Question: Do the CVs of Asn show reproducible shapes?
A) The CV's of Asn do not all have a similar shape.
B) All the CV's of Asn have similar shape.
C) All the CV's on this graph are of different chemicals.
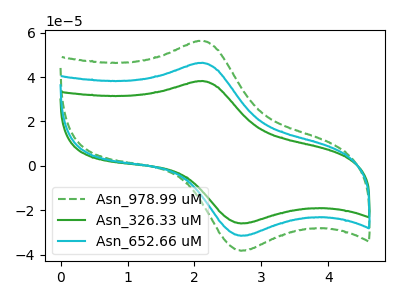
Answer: <think>The green dashed curve "Asn_978.99 uM" has an anodic peak at (2.10V, 92.80uA) and a cathodic peak at (2.70V, -62.85uA). The green curve "Asn_326.33 uM" has an anodic peak at (2.10V, 38.20uA) and a cathodic peak at (2.70V, -25.85uA). The cyan curve "Asn_652.66 uM" has an anodic peak at (2.10V, 46.40uA) and a cathodic peak at (2.70V, -31.40uA).
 All the peaks in "Asn_978.99 uM" have a peak in "Asn_326.33 uM" at the same potential. Every peak in "Asn_978.99 uM" is higher than every peak in "Asn_326.33 uM". All the peaks in "Asn_978.99 uM" have a peak in "Asn_652.66 uM" at the same potential. Every peak in "Asn_978.99 uM" is higher than every peak in "Asn_652.66 uM". All the peaks in "Asn_326.33 uM" have a peak in "Asn_652.66 uM" at the same potential. Every peak in "Asn_326.33 uM" is lower than every peak in "Asn_652.66 uM".</think>
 <answer>B) All the CV's of "Asn" have similar shape.</answer>
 <eval>B</eval>